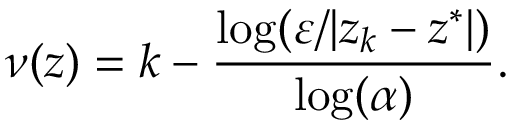
\nu ( z ) = k - { \frac { \log ( \varepsilon / | z _ { k } - z ^ { * } | ) } { \log ( \alpha ) } } .